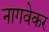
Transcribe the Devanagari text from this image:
नागवेकर